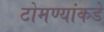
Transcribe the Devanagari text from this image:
टोमण्यांकडे